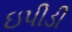
ઇપીડી